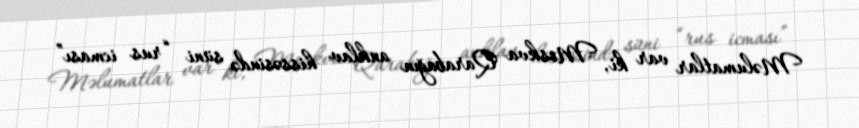
Məlumatlar var ki, Moskva Qarabağın anklav hissəsində süni “rus icması”